Indian journal of veterinary science and animal husbandry - Volume 9,
Year: 1939
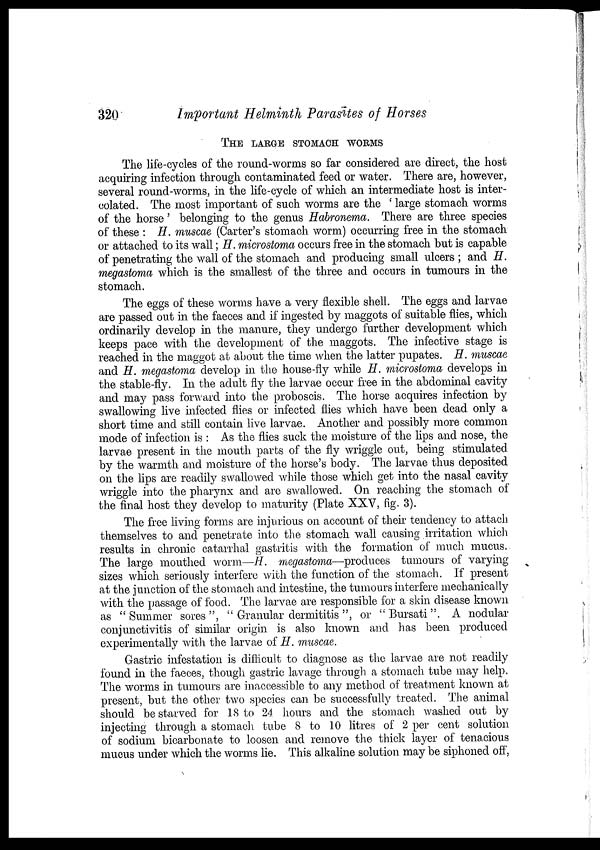
320
Important Helminth Parasites of Horses
THE LARGE STOMACH WORMS
The life-cycles of the round-worms so far considered are direct, the host
acquiring infection through contaminated feed or water. There are, however,
several round-worms, in the life-cycle of which an intermediate host is inter¬
colated. The most important of such worms are the ' large stomach worms
of the horse ' belonging to the genus Habronema. There are three species
of these : H. muscae (Carter's stomach worm) occurring free in the stomach
or attached to its wall; H. microstoma occurs free in the stomach but is capable
of penetrating the wall of the stomach and producing small ulcers ; and H.
megastoma which is the smallest of the three and occurs in tumours in the
stomach.
The eggs of these worms have a very flexible shell. The eggs and larvae
are passed out in the faeces and if ingested by maggots of suitable flies, which
ordinarily develop in the manure, they undergo further development which
keeps pace with the development of the maggots. The infective stage is
reached in the maggot at about the time when the latter pupates. H. muscae
and H. megastoma develop in the house-fly while H. microstoma develops in
the stable-fly. In the adult fly the larvae occur free in the abdominal cavity
and may pass forward into the proboscis. The horse acquires infection by
swallowing live infected flies or infected flies which have been dead only a
short time and still contain live larvae. Another and possibly more common
mode of infection is : As the flies suck the moisture of the lips and nose, the
larvae present in the mouth parts of the fly wriggle out, being stimulated
by the warmth and moisture of the horse's body. The larvae thus deposited
on the lips are readily swallowed while those which get into the nasal cavity
wriggle into the pharynx and are swallowed. On reaching the stomach of
the final host they develop to maturity (Plate XXV, fig. 3).
The free living forms are injurious on account of their tendency to attach
themselves to and penetrate into the stomach wall causing irritation which
results in chronic catarrhal gastritis with the formation of much mucus.
The large mouthed worm—H. megastoma—produces tumours of varying
sizes which seriously interfere with the function of the stomach. If present
at the junction of the stomach and intestine, the tumours interfere mechanically
with the passage of food. The larvae are responsible for a skin disease known
as "Summer sores", " Granular dermititis ", or ''Bursati". A nodular
conjunctivitis of similar origin is also known and has been produced
experimentally with the larvae of H. muscae.
Gastric infestation is difficult to diagnose as the larvae are not readily
found in the faeces, though gastric lavage through a stomach tube may help.
The worms in tumours are inaccessible to any method of treatment known at
present, but the other two species can be successfully treated. The animal
should be starved for 18 to 24 hours and the stomach washed out by
injecting through a stomach tube 8 to 10 litres of 2 per cent solution
of sodium bicarbonate to loosen and remove the thick layer of tenacious
mucus under which the worms lie. This alkaline solution may be siphoned off,